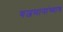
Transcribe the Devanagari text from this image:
यजमानांच्याच